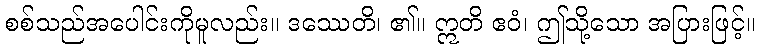
စစ်သည်အပေါင်းကိုမူလည်း။ ဒဿေတိ၊ ၏။ ဣတိ ဧဝံ၊ ဤသို့သော အပြားဖြင့်။